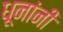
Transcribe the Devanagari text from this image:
धूनांनी